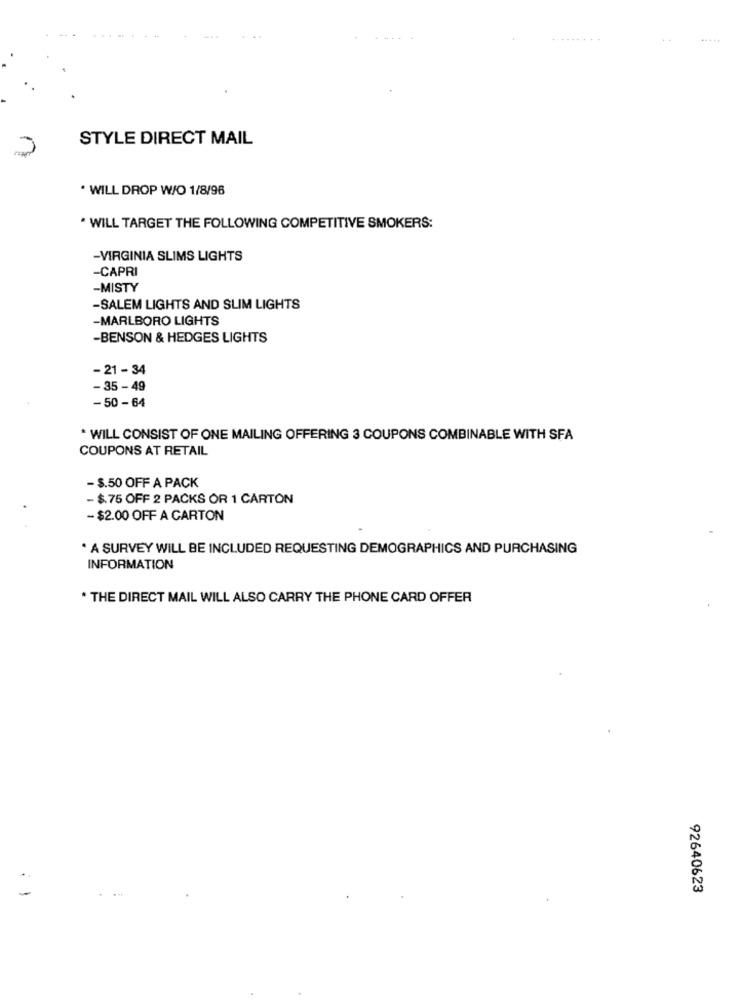
........
STYLE DIRECT MAIL
· WILL DROP W/O 1/8/96
* WILL TARGET THE FOLLOWING COMPETITIVE SMOKERS:
-VIRGINIA SLIMS LIGHTS
-CAPRI
-MISTY
-SALEM LIGHTS AND SLIM LIGHTS
-MARLBORO LIGHTS
-BENSON & HEDGES LIGHTS
-21 - 34
-35 -49
-50-64
* WILL CONSIST OF ONE MAILING OFFERING 3 COUPONS COMBINABLE WITH SFA
COUPONS AT RETAIL
- $.50 OFF A PACK
- $.75 OFF 2 PACKS OR 1 CARTON
- $2.00 OFF A CARTON
. A SURVEY WILL BE INCLUDED REQUESTING DEMOGRAPHICS AND PURCHASING
INFORMATION
* THE DIRECT MAIL WILL ALSO CARRY THE PHONE CARD OFFER
92640623